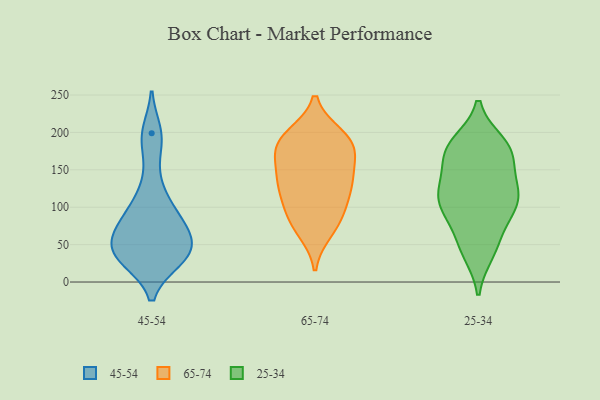
{"axis": {"x": "Churn Rate (%)", "y": "Value"}, "legend": ["25-34", "45-54", "65-74"], "data": [{"x": "", "y": 31, "type": "45-54"}, {"x": "", "y": 38, "type": "45-54"}, {"x": "", "y": 59, "type": "45-54"}, {"x": "", "y": 42, "type": "45-54"}, {"x": "", "y": 31, "type": "45-54"}, {"x": "", "y": 52, "type": "45-54"}, {"x": "", "y": 131, "type": "45-54"}, {"x": "", "y": 87, "type": "45-54"}, {"x": "", "y": 84, "type": "45-54"}, {"x": "", "y": 199, "type": "45-54"}, {"x": "", "y": 98, "type": "45-54"}, {"x": "", "y": 36, "type": "45-54"}, {"x": "", "y": 188, "type": "45-54"}, {"x": "", "y": 68, "type": "45-54"}, {"x": "", "y": 173, "type": "65-74"}, {"x": "", "y": 115, "type": "65-74"}, {"x": "", "y": 181, "type": "65-74"}, {"x": "", "y": 79, "type": "65-74"}, {"x": "", "y": 103, "type": "65-74"}, {"x": "", "y": 143, "type": "65-74"}, {"x": "", "y": 183, "type": "65-74"}, {"x": "", "y": 194, "type": "65-74"}, {"x": "", "y": 195, "type": "65-74"}, {"x": "", "y": 136, "type": "65-74"}, {"x": "", "y": 69, "type": "65-74"}, {"x": "", "y": 181, "type": "65-74"}, {"x": "", "y": 85, "type": "65-74"}, {"x": "", "y": 138, "type": "65-74"}, {"x": "", "y": 132, "type": "65-74"}, {"x": "", "y": 99, "type": "25-34"}, {"x": "", "y": 185, "type": "25-34"}, {"x": "", "y": 170, "type": "25-34"}, {"x": "", "y": 91, "type": "25-34"}, {"x": "", "y": 175, "type": "25-34"}, {"x": "", "y": 119, "type": "25-34"}, {"x": "", "y": 176, "type": "25-34"}, {"x": "", "y": 183, "type": "25-34"}, {"x": "", "y": 50, "type": "25-34"}, {"x": "", "y": 125, "type": "25-34"}, {"x": "", "y": 46, "type": "25-34"}, {"x": "", "y": 111, "type": "25-34"}, {"x": "", "y": 108, "type": "25-34"}, {"x": "", "y": 138, "type": "25-34"}, {"x": "", "y": 40, "type": "25-34"}, {"x": "", "y": 170, "type": "25-34"}, {"x": "", "y": 87, "type": "25-34"}, {"x": "", "y": 122, "type": "25-34"}]}